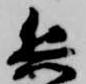
兵